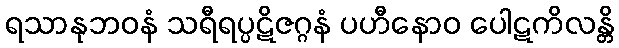
ရသာနုဘဝနံ သရီရပ္ပဋိဇဂ္ဂနံ ပဟီနောဝ ပေါဋကိလန္တိ